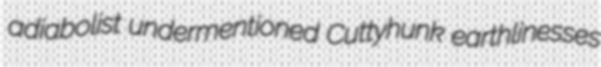
adiabolist undermentioned Cuttyhunk earthlinesses